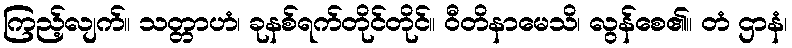
ကြည့်လျက်။ သတ္တာဟံ၊ ခုနစ်ရက်တိုင်တိုင်။ ဝီတိနာမေသိ၊ လွန်စေ၏။ တံ ဌာနံ၊